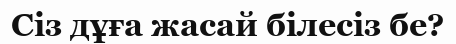
Сіз дұға жасай білесіз бе?